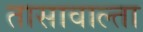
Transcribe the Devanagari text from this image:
तासावाल्ता